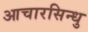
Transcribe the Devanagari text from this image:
आचारसिन्धु